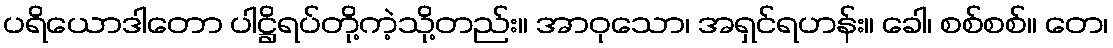
ပရိယောဒါတော ပါဋ္ဌိရပ်တို့ကဲ့သို့တည်း။ အာဝုသော၊ အရှင်ရဟန်း။ ခေါ၊ စစ်စစ်။ တေ၊